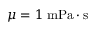
\mu = 1 \; { \mathrm { m P a } } \cdot { \mathrm { s } }